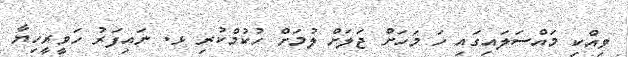
ވިއްކި މައްސަލައިގައި ހަ މަހަށް ޖަލަށް ލުމަށް ހުކުމްކުރި ޅ. ނައިފަރު ހަވީރީހިޔާ